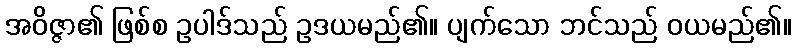
အဝိဇ္ဇာ၏ ဖြစ်စ ဥပါဒ်သည် ဥဒယမည်၏။ ပျက်သော ဘင်သည် ဝယမည်၏။